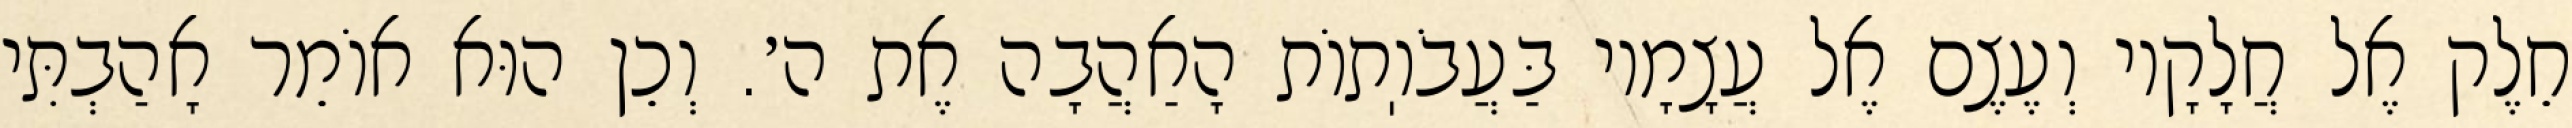
חֵלֶק אֶל חֲלָקָיו וְעֶצֶם אֶל עֲצָמָיו בַּעֲבֹוֽתוֹת הָאַהֲבָה אֶת ה׳. וְכֵן הוּא אוֹמֵר אָהַבְתִּי